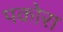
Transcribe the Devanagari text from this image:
पकोरा